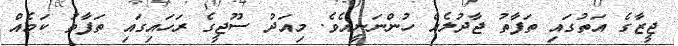
ޖީޒާގެ އަތުގައި ތަފާތު ޖާދުލެއް ހުންނަނީއެވެ. މިއަދު ސޫޖީގެ ރަހައިގައި ތަފާތު ކަމެއް